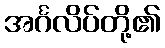
အင်္ဂလိပ်တို့၏